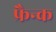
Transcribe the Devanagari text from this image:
फ्रैन्क